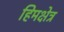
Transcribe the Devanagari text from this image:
हिमक्षेत्र